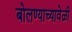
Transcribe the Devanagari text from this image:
बोलण्याच्यावेळी